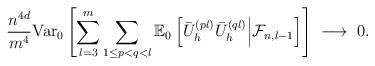
LaTeX: \begin{align*} \frac{n^{4d }}{m^4}\mathrm{Var}_0\left[\sum_{l=3}^m\sum_{1\le p<q<l}\mathbb{E}_0\left[ \bar{U}^{(pl)}_h\bar{U}^{(ql)}_h \middle| \mathcal{F}_{n, l-1}\right] \right]\;\longrightarrow\; 0. \end{align*}